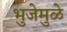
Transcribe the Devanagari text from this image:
भुजेमुळे